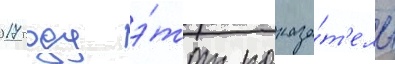
2017 году э́тот показа́т'ель